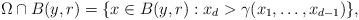
LaTeX: \begin{align*}\Omega \cap B(y,r) = \{ x \in B(y,r) : x_d > \gamma(x_1,\ldots, x_{d-1})\},\end{align*}